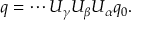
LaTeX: q = \cdots U _ { \gamma } U _ { \beta } U _ { \alpha } q _ { 0 } .